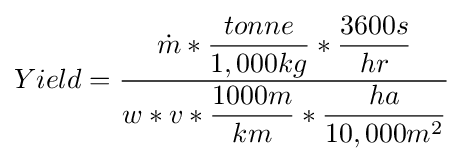
Yield={\dfrac {{\dot {m}}*{\dfrac {tonne}{1,000kg}}*{\dfrac {3600s}{hr}}}{w*v*{\dfrac {1000m}{km}}*{\dfrac {ha}{10,000m^{2}}}}}